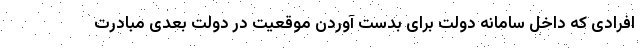
افرادی که داخل سامانه دولت برای بدست آوردن موقعیت در دولت بعدی مبادرت